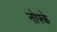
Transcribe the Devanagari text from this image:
नोफ्के